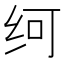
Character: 𰬂